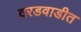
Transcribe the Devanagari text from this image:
दरडवाडीत